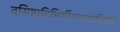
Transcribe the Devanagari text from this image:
वसिष्ठादिभिर्गीयमानाभिधेये